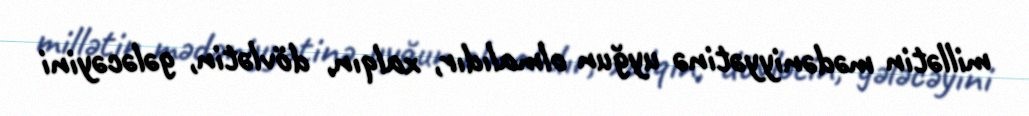
millətin mədəniyyətinə uyğun olmalıdır, xalqın, dövlətin, gələcəyini